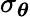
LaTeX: \sigma_{{\boldsymbol{\theta}}}